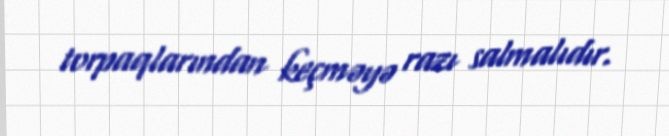
torpaqlarından keçməyə razı salmalıdır.